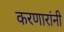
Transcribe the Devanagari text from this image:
करणारांनी